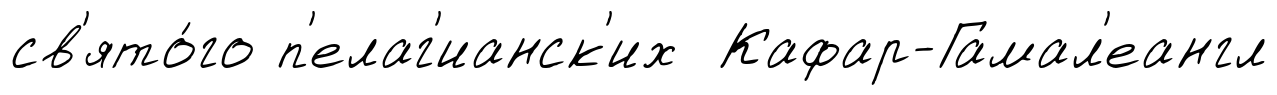
св'ято́го п'елаг'ианск'их Кафар-Гамал'еангл